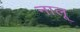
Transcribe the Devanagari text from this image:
नालू